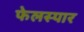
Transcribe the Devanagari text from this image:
फेलस्पार